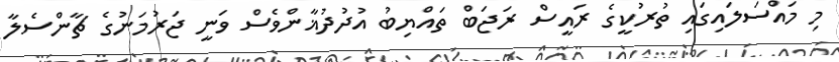
މި މައްސަލައިގައި ތުރުކީގެ ރައީސް ރަޖަބް ތައްޔިބު އުދުދުޣާންވެސް ވަނީ ޖަރުމަނުގެ ޗާންސެލާ